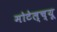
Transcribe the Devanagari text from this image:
मोटेल्च्यू